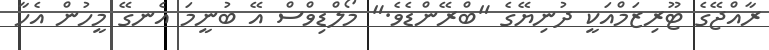
ރާއްޖޭގެ ޓޫރިޒަމްއަކީ ދުނިޔޭގެ "ބްރޭންޑެވެ." މޯލްޑިވްސް އޭ ބުނީމަ އެނގޭ މީހުން އެހާ